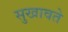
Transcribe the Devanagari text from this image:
सुखावते